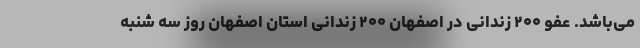
می‌باشد. عفو ۲۰۰ زندانی در اصفهان ۲۰۰ زندانی استان اصفهان روز سه شنبه